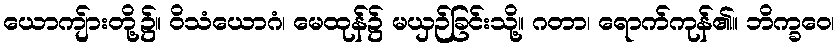
ယောကျ်ားတို့၌။ ဝိသံယောဂံ၊ မေထုန်၌ မယှဉ်ခြင်းသို့။ ဂတာ၊ ရောက်ကုန်၏။ ဘိက္ခဝေ၊